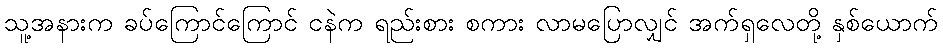
သူ့အနားက ခပ်ကြောင်ကြောင် ငနဲက ရည်းစား စကား လာမပြောလျှင် အက်ရှလေတို့ နှစ်ယောက်